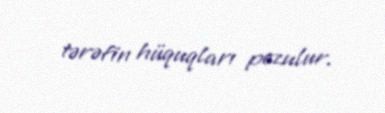
tərəfin hüquqları pozulur.